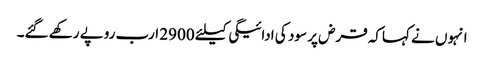
انہوں نے کہاکہ قرض پر سود کی ادائیگی کیلئے 2900 ارب روپے رکھے گئے۔